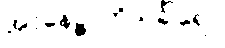
အာနေဉ္ဇာဘိသင်္ခါရော